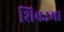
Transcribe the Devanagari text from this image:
शिवउमा